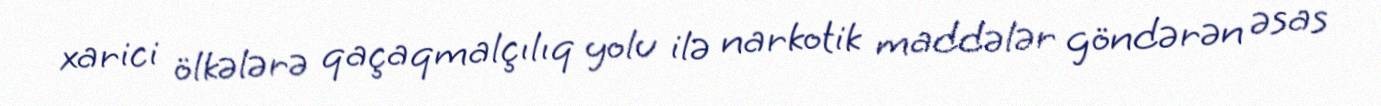
xarici ölkələrə qaçaqmalçılıq yolu ilə narkotik maddələr göndərən əsas